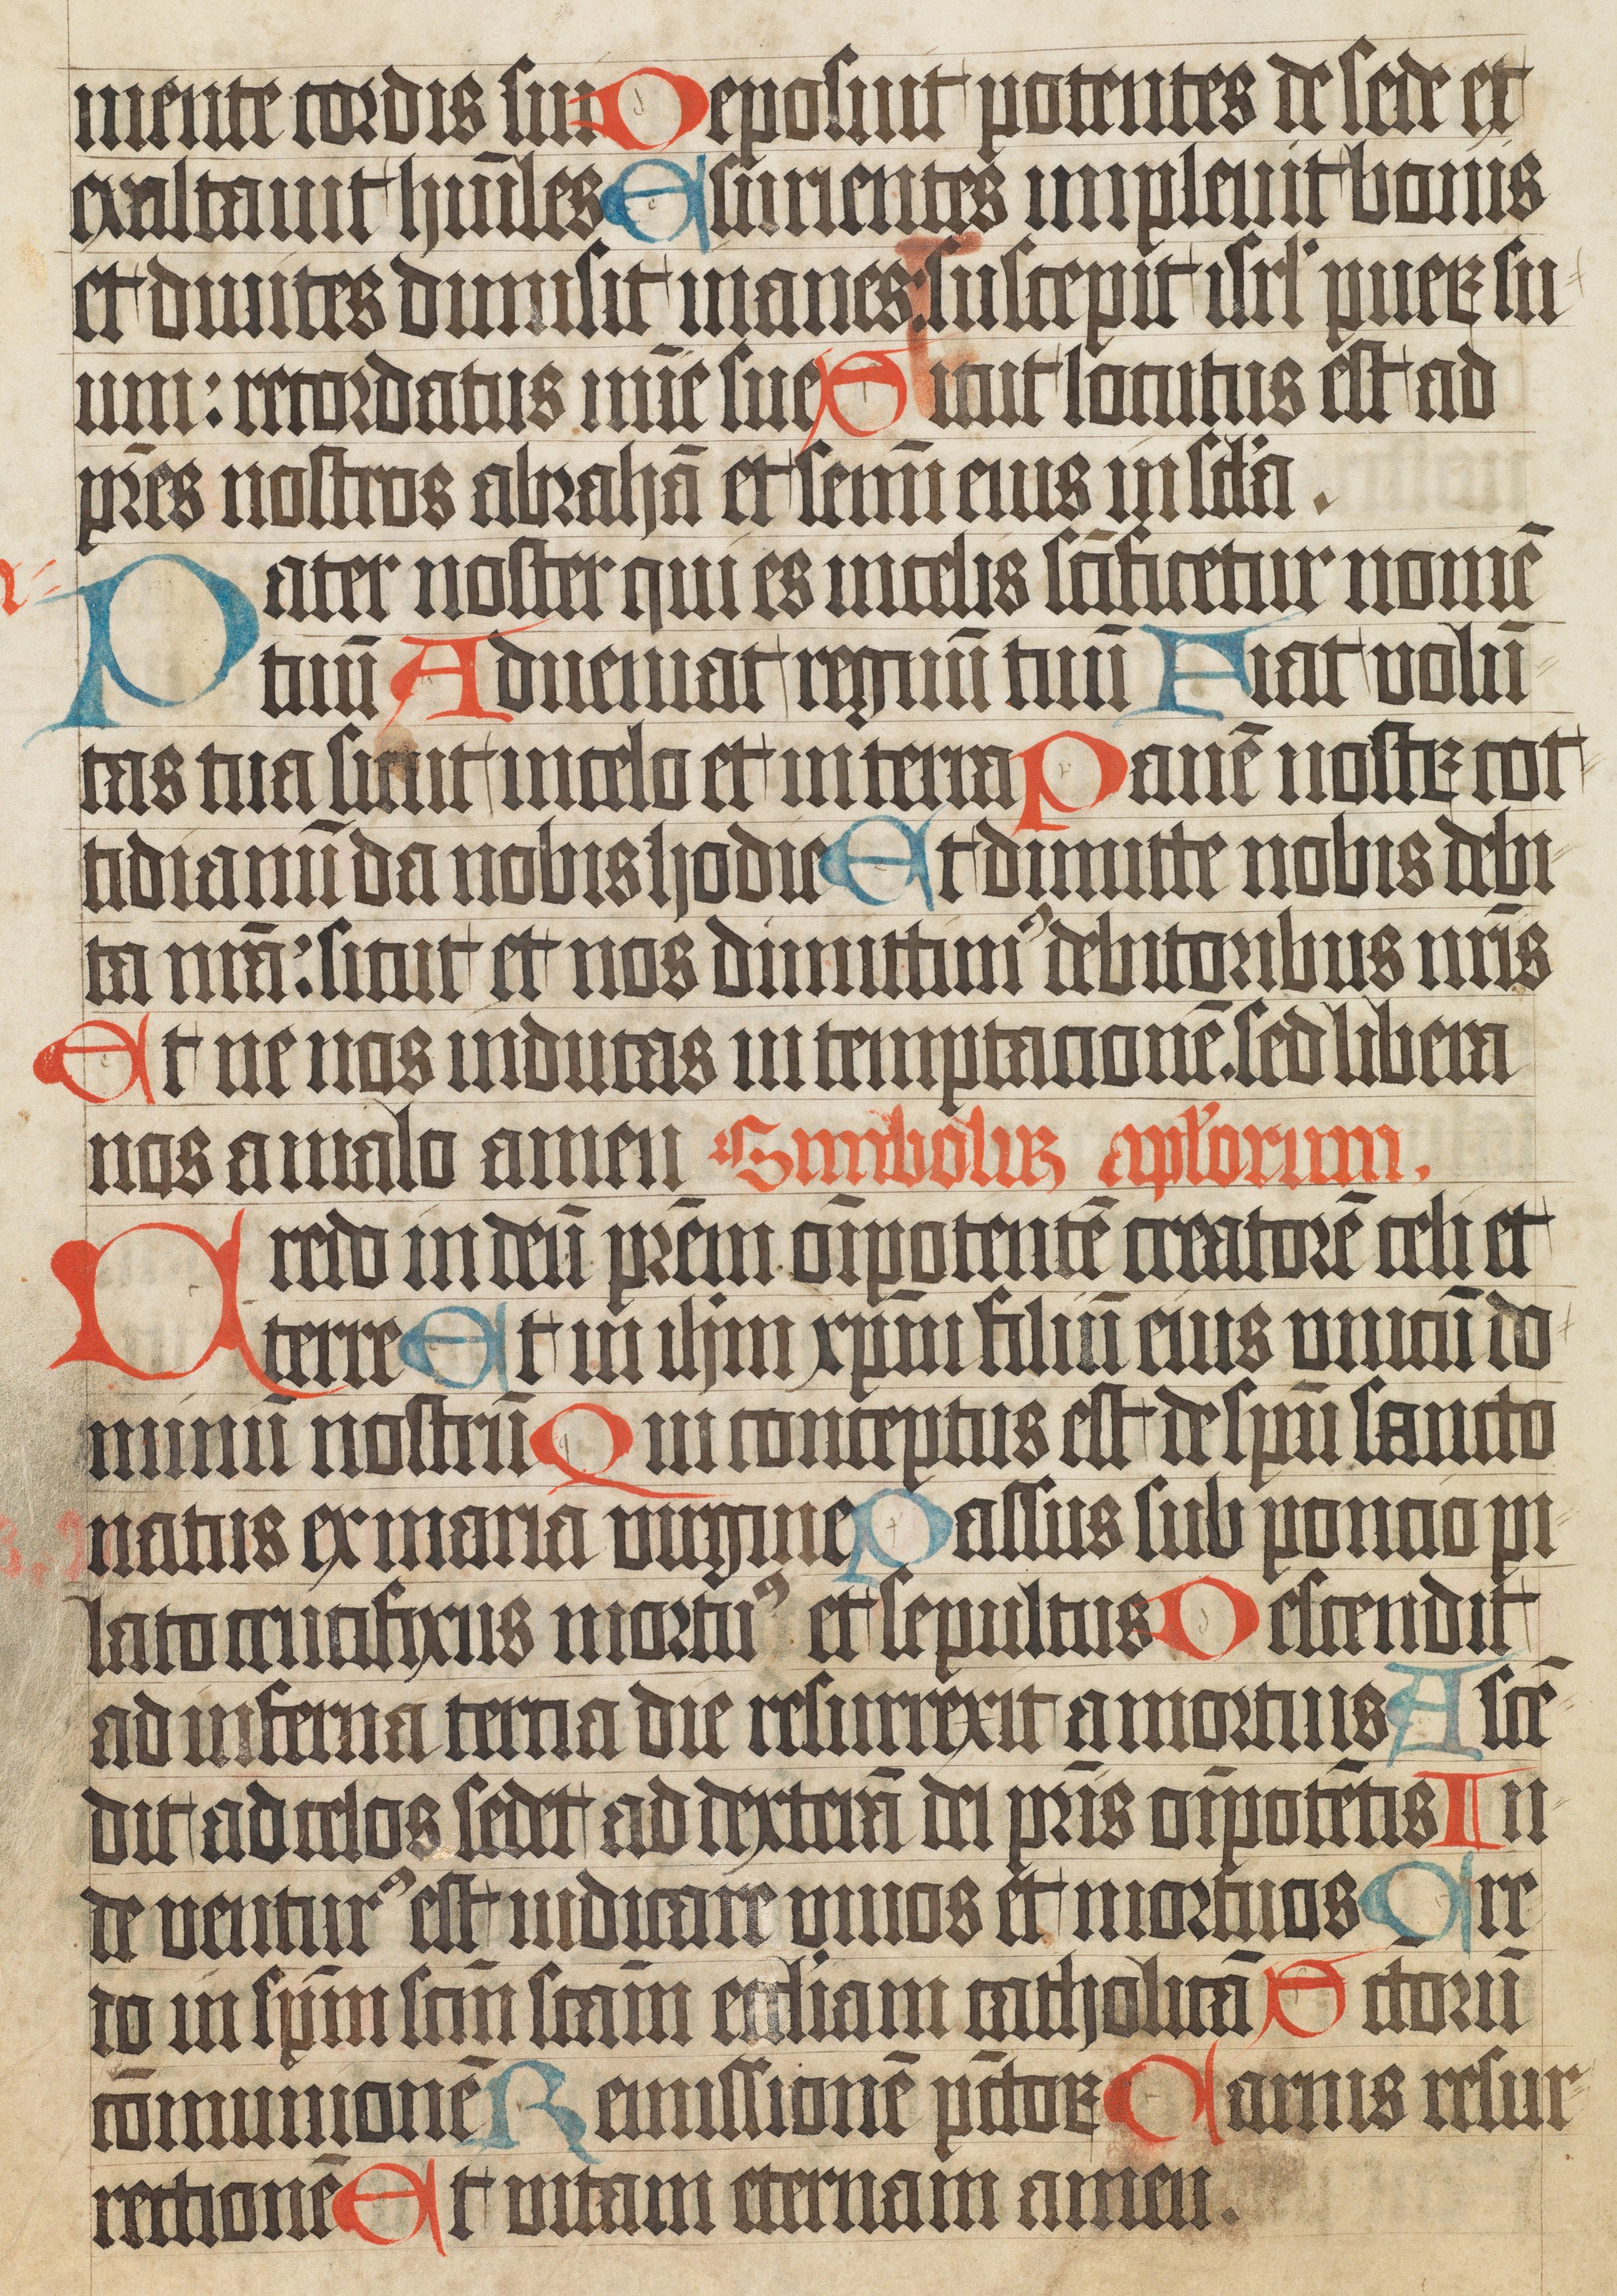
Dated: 1400–1499